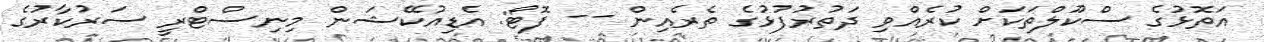
އަތޮޅުގެ ސްކޫލްތަކަށް ކުރެއްވި ދަތުރުފުޅުގެ ތެރެއިން -- ފޮޓޯ: އެޑިއުކޭޝަން މިނިސްޓްރީ ސަރުކާރުގެ